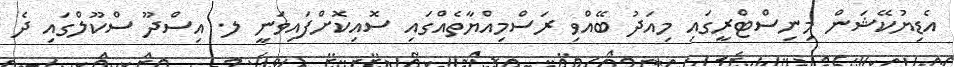
އެޑިޔުކޭޝަން މިނިސްޓްރީގައި މިއަދު ބޭއްވި ރަސްމިއްޔާތެއްގައި ސޮއިކޮށްފައިވަނީ ލ. އިސްދޫ ސްކޫލްގައި ދެ